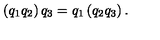
\left( q _ { 1 } q _ { 2 } \right) q _ { 3 } = q _ { 1 } \left( q _ { 2 } q _ { 3 } \right) .